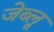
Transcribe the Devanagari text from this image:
जेब्‍लू